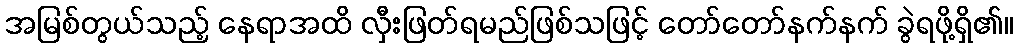
အမြစ်တွယ်သည့် နေရာအထိ လှီးဖြတ်ရမည်ဖြစ်သဖြင့် တော်တော်နက်နက် ခွဲရဖို့ရှိ၏။